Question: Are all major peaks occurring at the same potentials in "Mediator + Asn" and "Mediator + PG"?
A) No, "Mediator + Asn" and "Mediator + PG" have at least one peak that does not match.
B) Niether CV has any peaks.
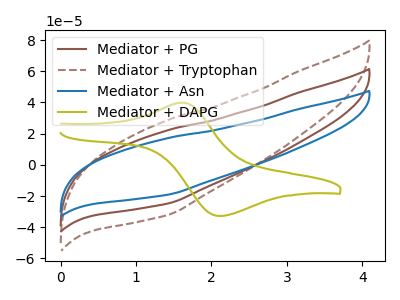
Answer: <think>The brown curve "Mediator + PG" has no peaks. The brown dashed curve "Mediator + Tryptophan" has no peaks. The blue curve "Mediator + Asn" has no peaks. The olive curve "Mediator + DAPG" has an anodic peak at (1.65V, 39.90uA) and a cathodic peak at (2.10V, -32.75uA).</think>
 <answer>B) Niether CV has any peaks.</answer>
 <eval>B</eval>